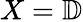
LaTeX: X=\mathbb{D}